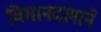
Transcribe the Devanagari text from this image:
विमानदलाने